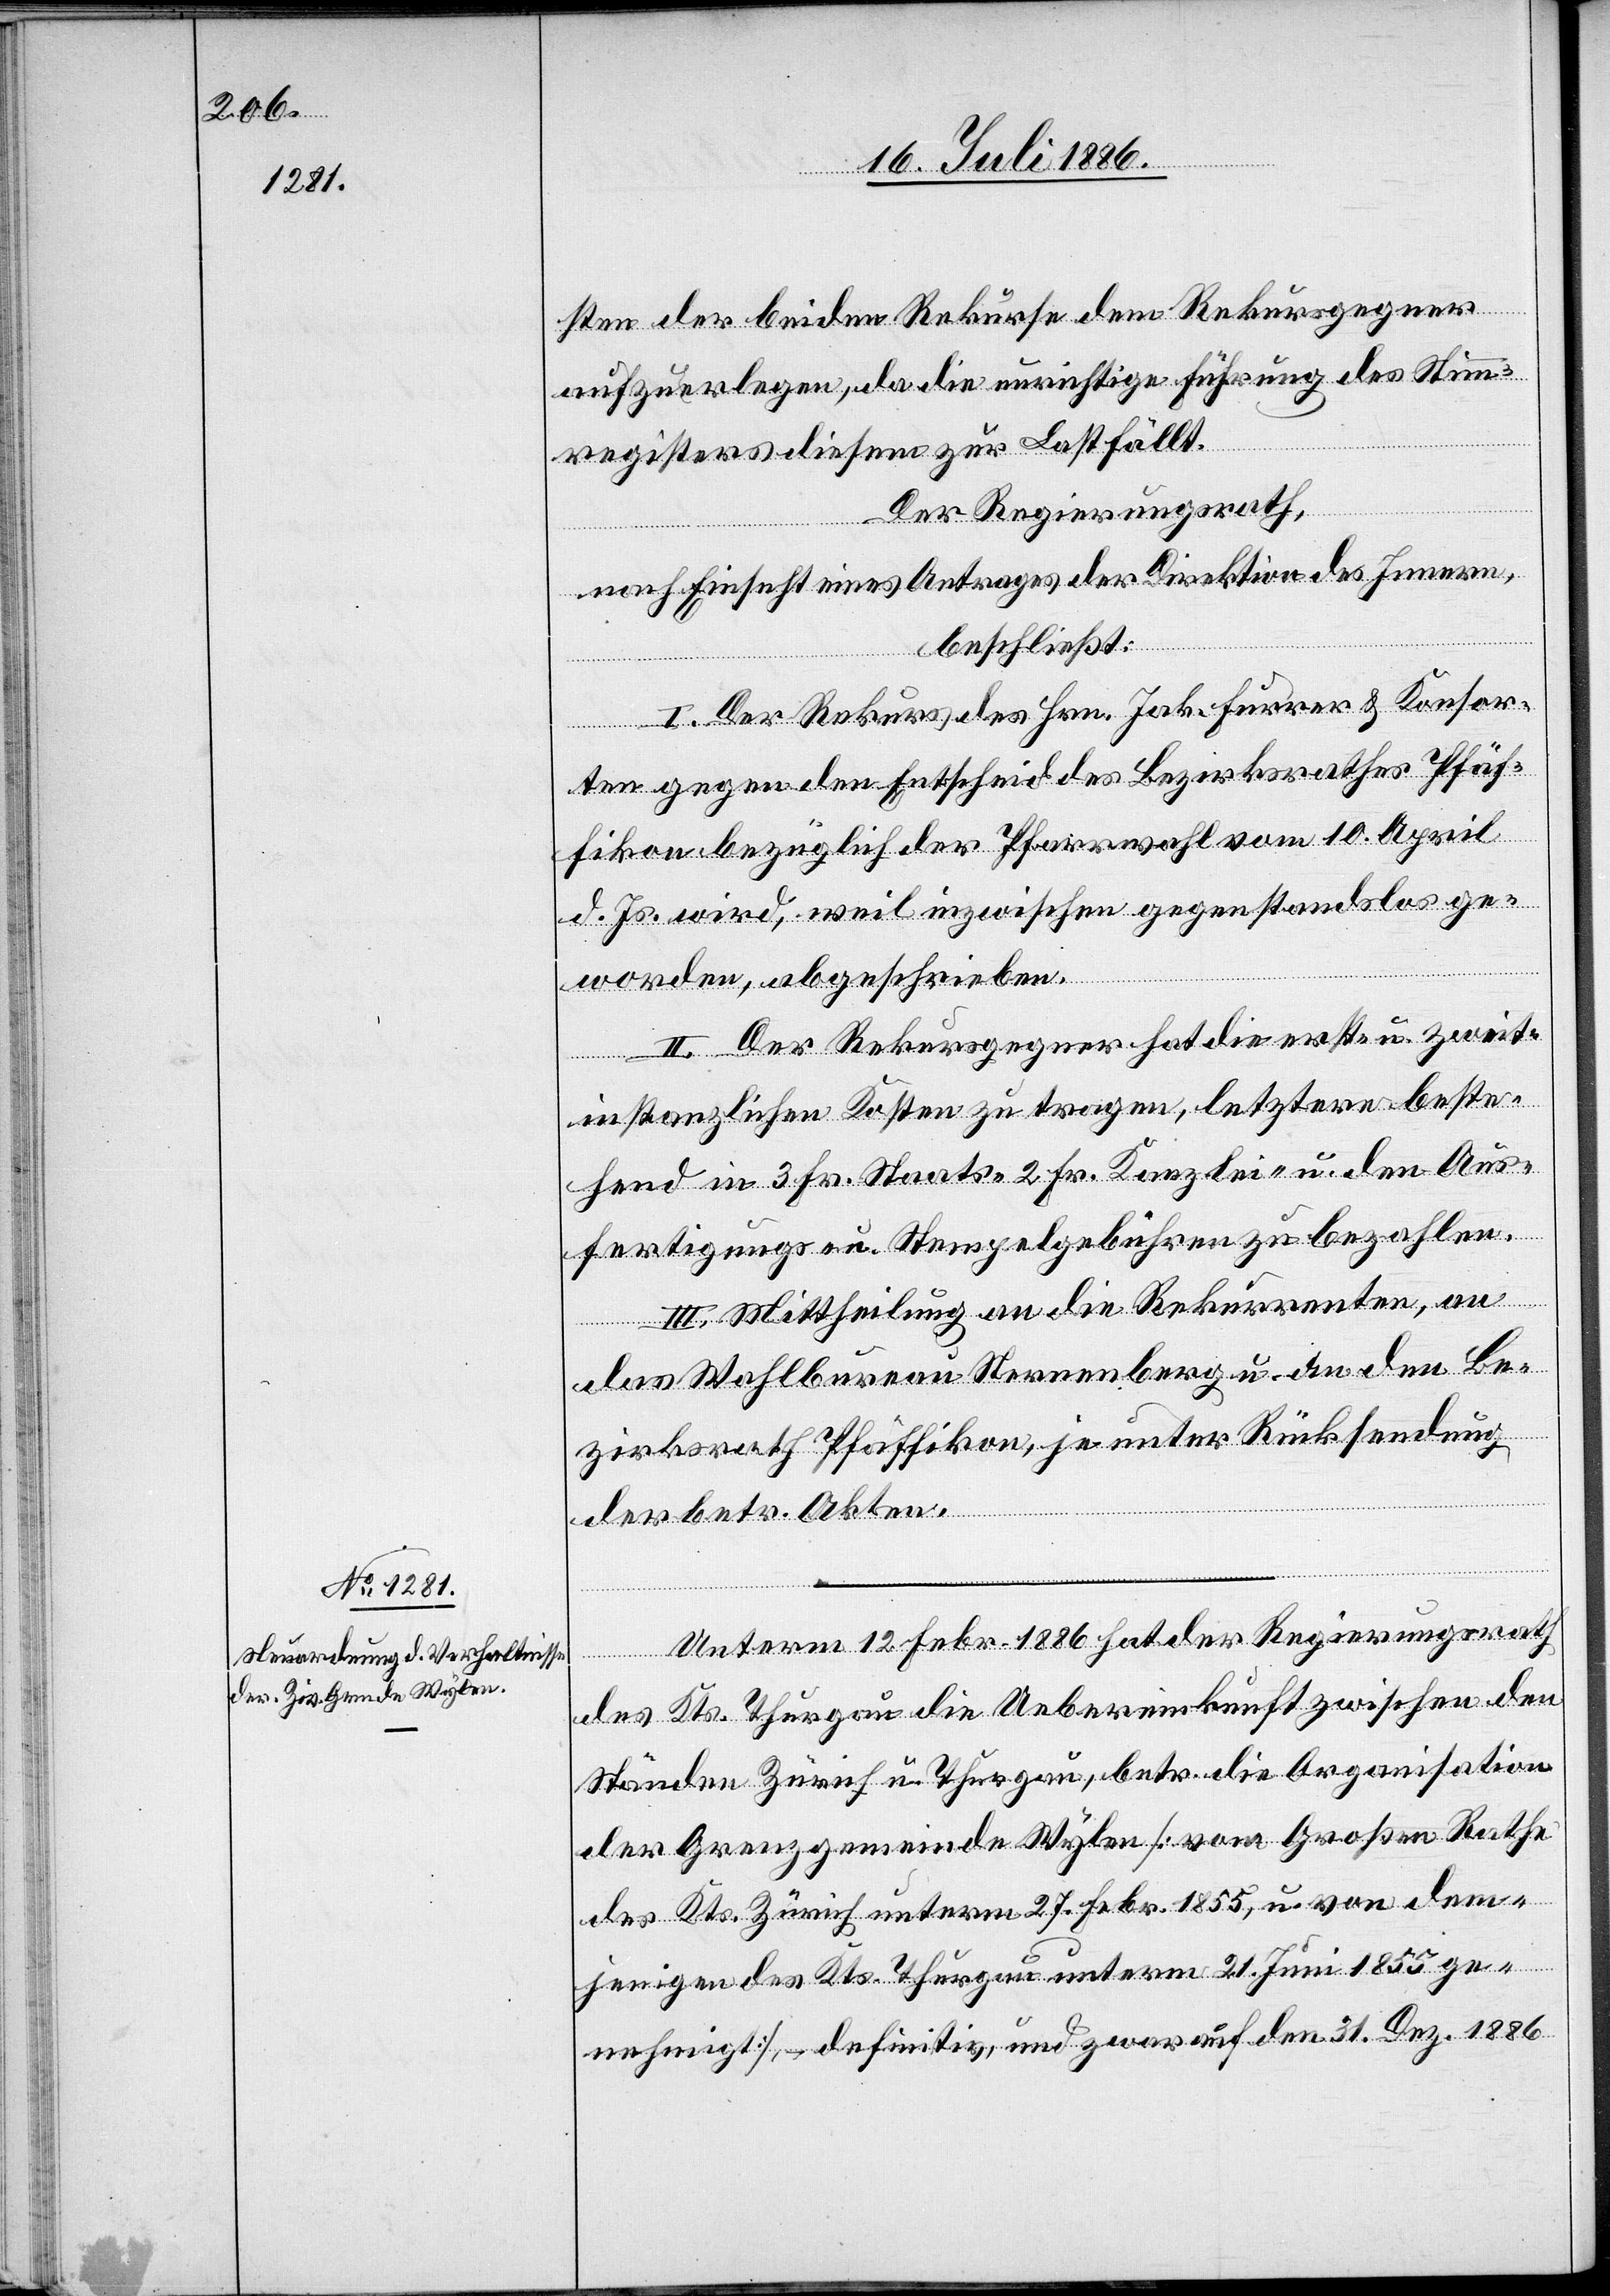
Unterm 12. Febr. 1886 hat der Regierungsrath
des Kts. Thurgau die Uebereinkunft zwischen den
Ständen Zürich u. Thurgau, betr. die Organisation
der Grenzgemeinde Wylen [vom Großen Rathe
des Kts. Zürich unterm 27. Febr. 1855, u. von dem¬
jenigen des Kts. Thurau unterm 21. Juni 1855 ge¬
nehmigt], – definitiv, und zwar auf den 31. Dez. 1886